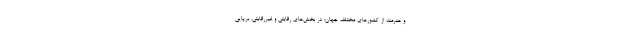
و هنرمند از کشورهای مختلف جهان؛ در بخش‌های رقابتی و غیررقابتی، برپایی